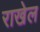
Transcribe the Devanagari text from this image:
राखेल